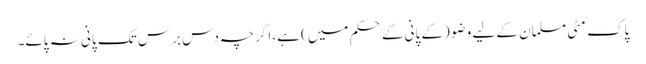
پاک مٹی مسلمان کے لیے وضو (کے پانی کے حکم میں) ہے، اگرچہ دس برس تک پانی نہ پائے۔